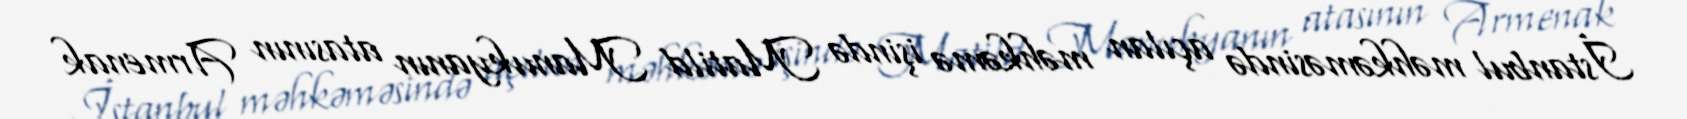
İstanbul məhkəməsində açılan məhkəmə işində Matild Manukyanın atasının Armenak